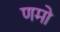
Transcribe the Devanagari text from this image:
णमो